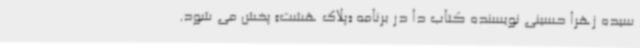
سیده زهرا حسینی نویسنده کتاب دا در برنامه «پلاک هشت» پخش می شود.